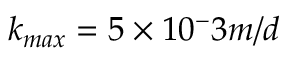
k _ { m a x } = 5 \times 1 0 ^ { - } 3 m / d